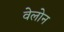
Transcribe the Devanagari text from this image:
वेलोन